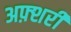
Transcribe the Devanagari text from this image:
अफ़्शरी